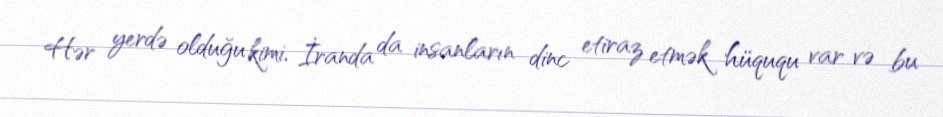
Hər yerdə olduğu kimi, İranda da insanların dinc etiraz etmək hüququ var və bu